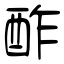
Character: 酢